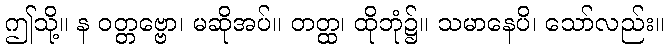
ဤသို့။ န ဝတ္တဗ္ဗော၊ မဆိုအပ်။ တတ္ထ၊ ထိုဘုံ၌။ သမာနေပိ၊ သော်လည်း။